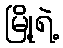
မြို့ရဲ့